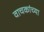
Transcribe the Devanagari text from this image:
वाचकांच्‍या